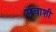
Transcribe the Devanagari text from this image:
संचाशी